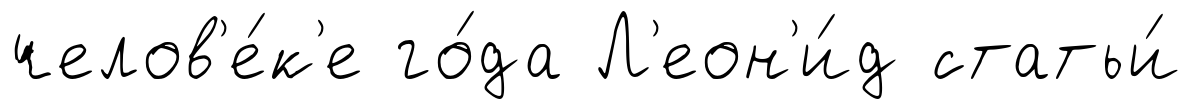
челов'е́к'е го́да Л'еон'и́д статьи́